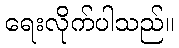
ရေးလိုက်ပါသည်။